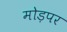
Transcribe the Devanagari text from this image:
मोड़पर